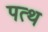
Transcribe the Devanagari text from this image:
पत्थ